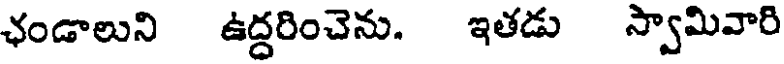
ఛండాలుని ఉద్దరించెను. ఇతడు స్వామివారి